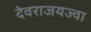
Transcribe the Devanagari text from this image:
देवराजयज्वा